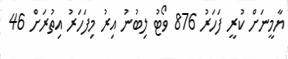
ޔާމީނަށް ކުރީ ފަހަރު 876 ވޯޓު ލިބުނު އިރު މިފަހަރު އިތުރަށް 46